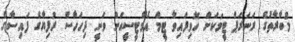
މުބާރާތުގެ ރަނަރަޕް ޓީމަކަށް ހޮވިފައިވާ ޓީމް އެމްޓީސީއަށް ވަނީ ދިހަހާސް ރުފިޔާގެ ފައިސާގެ